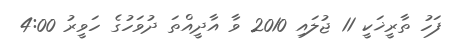
ފަހު ތާރީޚަކީ 11 ޖުލައި 2010 ވާ އާދީއްތަ ދުވަހުގެ ހަވީރު 4:00